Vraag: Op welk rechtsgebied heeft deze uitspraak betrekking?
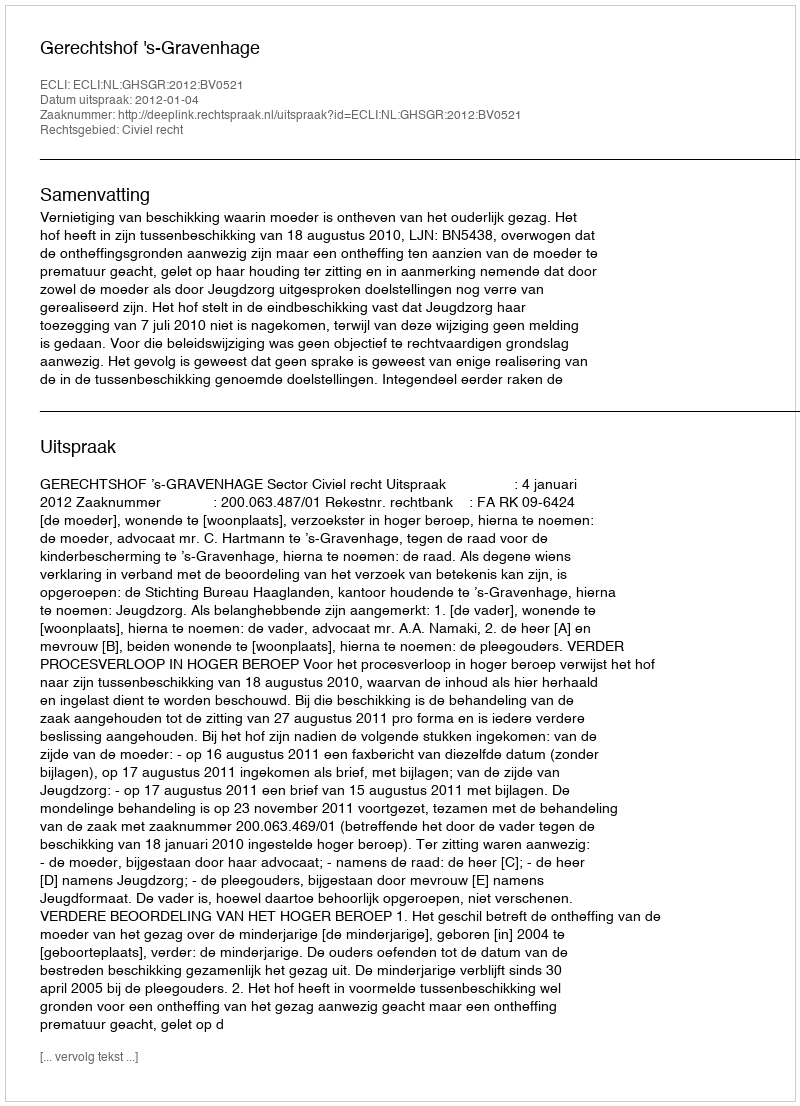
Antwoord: Civiel recht